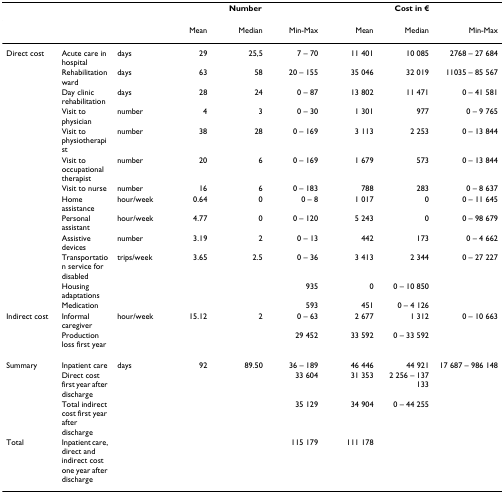
<table><thead><tr><td></td><td></td><td></td><td colspan="3"><b>Number</b></td><td colspan="3"><b>Cost in €</b></td></tr></thead><tbody><tr><td></td><td></td><td></td><td>Mean</td><td>Median</td><td>Min-Max</td><td>Mean</td><td>Median</td><td>Min-Max</td></tr><tr><td>Direct cost</td><td>Acute care in hospital</td><td>days</td><td>29</td><td>25,5</td><td>7 – 70</td><td>11 401</td><td>10 085</td><td>2768 – 27 684</td></tr><tr><td></td><td>Rehabilitation ward</td><td>days</td><td>63</td><td>58</td><td>20 – 155</td><td>35 046</td><td>32 019</td><td>11035 – 85 567</td></tr><tr><td></td><td>Day clinic rehabilitation</td><td>days</td><td>28</td><td>24</td><td>0 – 87</td><td>13 802</td><td>11 471</td><td>0 – 41 581</td></tr><tr><td></td><td>Visit to physician</td><td>number</td><td>4</td><td>3</td><td>0 – 30</td><td>1 301</td><td>977</td><td>0 – 9 765</td></tr><tr><td></td><td>Visit to physiotherapist</td><td>number</td><td>38</td><td>28</td><td>0 – 169</td><td>3 113</td><td>2 253</td><td>0 – 13 844</td></tr><tr><td></td><td>Visit to occupational therapist</td><td>number</td><td>20</td><td>6</td><td>0 – 169</td><td>1 679</td><td>573</td><td>0 – 13 844</td></tr><tr><td></td><td>Visit to nurse</td><td>number</td><td>16</td><td>6</td><td>0 – 183</td><td>788</td><td>283</td><td>0 – 8 637</td></tr><tr><td></td><td>Home assistance</td><td>hour/week</td><td>0.64</td><td>0</td><td>0 – 8</td><td>1 017</td><td>0</td><td>0 – 11 645</td></tr><tr><td></td><td>Personal assistant</td><td>hour/week</td><td>4.77</td><td>0</td><td>0 – 120</td><td>5 243</td><td>0</td><td>0 – 98 679</td></tr><tr><td></td><td>Assistive devices</td><td>number</td><td>3.19</td><td>2</td><td>0 – 13</td><td>442</td><td>173</td><td>0 – 4 662</td></tr><tr><td></td><td>Transportation service for disabled</td><td>trips/week</td><td>3.65</td><td>2.5</td><td>0 – 36</td><td>3 413</td><td>2 344</td><td>0 – 27 227</td></tr><tr><td></td><td>Housing adaptations</td><td></td><td></td><td></td><td>935</td><td>0</td><td>0 – 10 850</td></tr><tr><td></td><td>Medication</td><td></td><td></td><td></td><td>593</td><td>451</td><td>0 – 4 126</td></tr><tr><td>Indirect cost</td><td>Informal caregiver</td><td>hour/week</td><td>15.12</td><td>2</td><td>0 – 63</td><td>2 677</td><td>1 312</td><td>0 – 10 663</td></tr><tr><td></td><td>Production loss first year</td><td></td><td></td><td></td><td>29 452</td><td>33 592</td><td>0 – 33 592</td></tr><tr><td>Summary</td><td>Inpatient care</td><td>days</td><td>92</td><td>89.50</td><td>36 – 189</td><td>46 446</td><td>44 921</td><td>17 687 – 986 148</td></tr><tr><td></td><td>Direct cost first year after discharge</td><td></td><td></td><td></td><td>33 604</td><td>31 353</td><td>2 256 – 137 133</td></tr><tr><td></td><td>Total indirect cost first year after discharge</td><td></td><td></td><td></td><td>35 129</td><td>34 904</td><td>0 – 44 255</td></tr><tr><td>Total</td><td>Inpatient care, direct and indirect cost one year after discharge</td><td></td><td></td><td></td><td>115 179</td><td>111 178</td><td></td></tr></tbody></table>